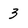
Character: 3